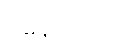
ရှိနေသည်။